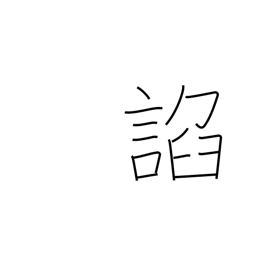
Meaning: flatter